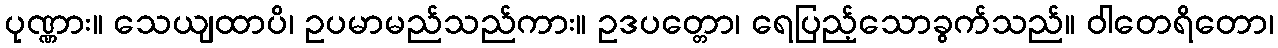
ပုဏ္ဏား။ သေယျထာပိ၊ ဥပမာမည်သည်ကား။ ဥဒပတ္တော၊ ရေပြည့်သောခွက်သည်။ ဝါတေရိတော၊